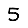
Digit: 5